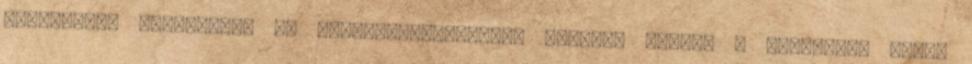
csodálatos kilátással és madárcsicsergéssel övezett otthon – bizonyára sokan